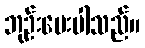
ဘုဉ်းပေးပါသည်။